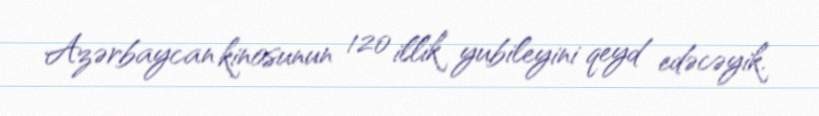
Azərbaycan kinosunun 120 illik yubileyini qeyd edəcəyik.